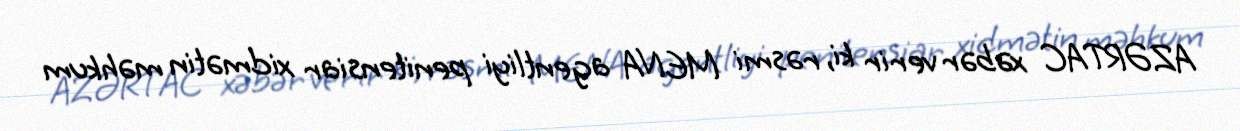
AZƏRTAC xəbər verir ki, rəsmi MENA agentliyi penitensiar xidmətin məhkum